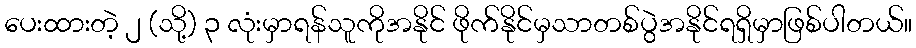
ပေးထားတဲ့ ၂ (သို့) ၃ လုံးမှာရန်သူကိုအနိုင် ဖိုက်နိုင်မှသာတစ်ပွဲအနိုင်ရရှိမှာဖြစ်ပါတယ်။